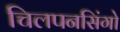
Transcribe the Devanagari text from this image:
चिलपनसिंगो